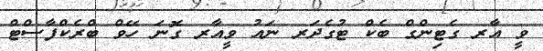
ވީ އާރ ގެޓިންގް ބެކް ޓުގެދަރ ނައު ވީއާރ ގޮނަ ހޭވް ބްރެކްފާސްޓް